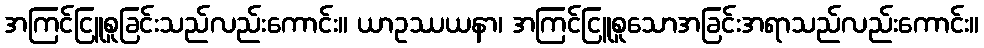
အကြင်ငြူစူခြင်းသည်လည်းကောင်း။ ယာဥဿယနာ၊ အကြင်ငြူစူသောအခြင်းအရာသည်လည်းကောင်း။